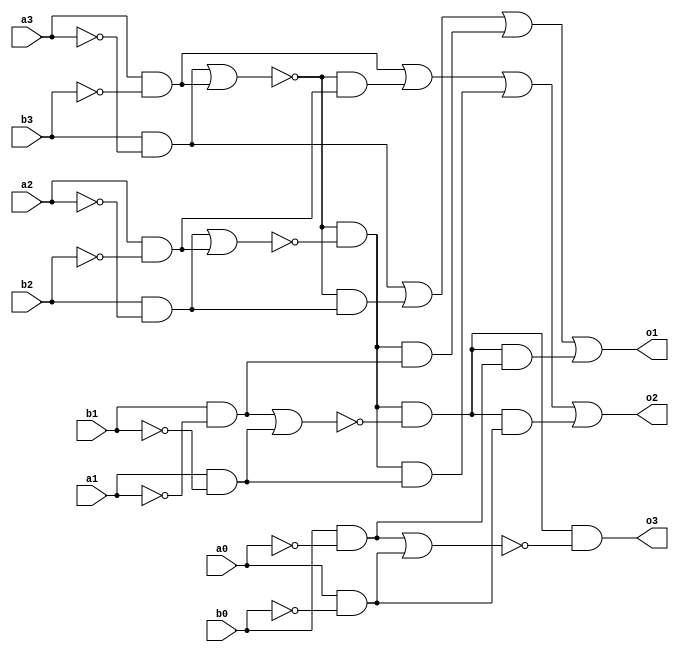
module fourBitMagnitudeComparatorGateLevel(a0, a1, a2, a3, b0, b1, b2, b3, o1, o2, o3);
    input a0, a1, a2, a3, b0, b1, b2, b3;
    output o1, o2, o3;

    wire w1, w2, w3, w4, w5, w6, w7, w8, 
    w9, w10, 
    w11, w12, 
    w13, w14, 
    w15, w16, 
    w17, w18, w19, w20,
    w21, w22, w23, w24, w25, w26;

    // nots for each input: 1st level
    not(w1, a0);
    not(w2, a1);
    not(w3, a2);
    not(w4, a3);
    not(w5, b0);
    not(w6, b1);
    not(w7, b2);
    not(w8, b3);

    // 2nd + 3rd level
    and(w9, b3, w4);
    and(w10, a3, w8);
    nor(w17, w9, w10);

    and(w11, b2, w3);
    and(w12, a2, w7);
    nor(w18, w11, w12);

    and(w13, b1, w2);
    and(w14, a1, w6);
    nor(w19, w13, w14);

    and(w15, b0, w1);
    and(w16, a0, w5);
    nor(w20, w15, w16);

    // 4th level
    and(w21, w17, w11);
    and(w22, w17, w12);
    and(w23, w17, w18, w13);
    and(w24, w17, w18, w14);
    and(w25, w17, w18, w19, w15);
    and(w26, w17, w18, w19, w16);
    and(o3, w17, w18, w19, w20);

    // 5th level
    or(o1, w9, w21, w23, w25);
    or(o2, w10, w22, w24, w26);

endmodule



module testbench;
    reg a0, a1, a2, a3, b0, b1, b2, b3;
    wire o1, o2, o3;

    fourBitMagnitudeComparatorGateLevel comparator(a0, a1, a2, a3, b0, b1, b2, b3, o1, o2, o3);

    initial
        begin
            $monitor(,$time, " A = %b%b%b%b   B = %b%b%b%b     A<B: %b       A>B: %b       A=B: %b", a3, a2, a1, a0, b3, b2, b1, b0, o1, o2, o3);
            #0 a3=1'b1; a2=1'b0; a1=1'b0; a0=1'b1; b3=1'b1; b2=1'b0; b1=1'b0; b0=1'b1;
        end
endmodule